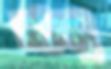
মাল্য